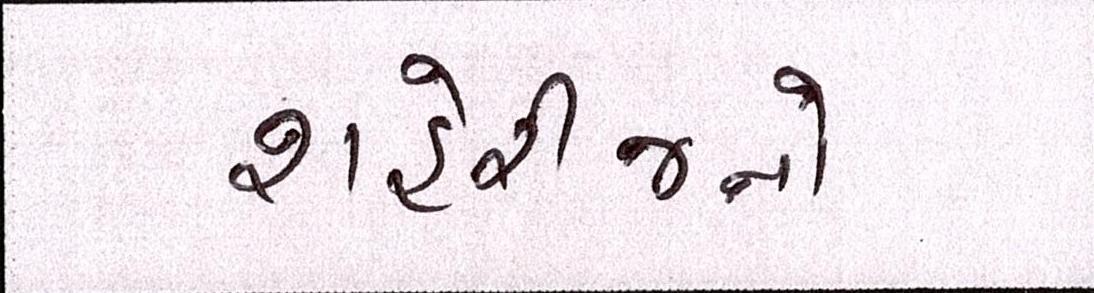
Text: શહેરીજનો